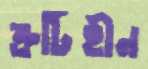
ত্রুটিহীন